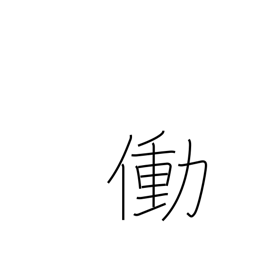
Meaning: work